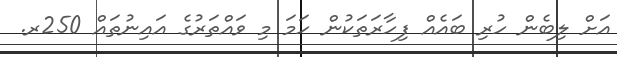
އަށް ލިބެން ހުރި ބައެއް ފިހާރަތަކުން ހަމަ މި ވައްތަރުގެ އައިނުތައް 250ރ.